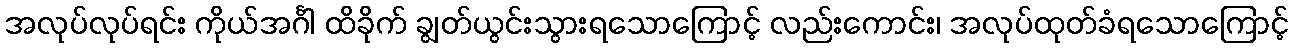
အလုပ်လုပ်ရင်း ကိုယ်အင်္ဂါ ထိခိုက် ချွတ်ယွင်းသွားရသောကြောင့် လည်းကောင်း၊ အလုပ်ထုတ်ခံရသောကြောင့်